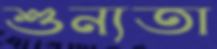
শুন্যতা